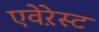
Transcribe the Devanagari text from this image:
एवेऱेस्ट